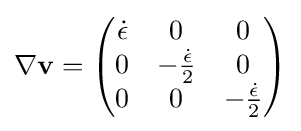
\nabla \mathbf {v} ={\begin{pmatrix}{\dot {\epsilon }}&0&0\\0&-{\frac {\dot {\epsilon }}{2}}&0\\0&0&-{\frac {\dot {\epsilon }}{2}}\end{pmatrix}}